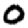
Digit: 0